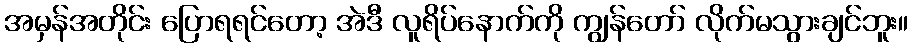
အမှန်အတိုင်း ပြောရရင်တော့ အဲဒီ လူရိပ်နောက်ကို ကျွန်တော် လိုက်မသွားချင်ဘူး။